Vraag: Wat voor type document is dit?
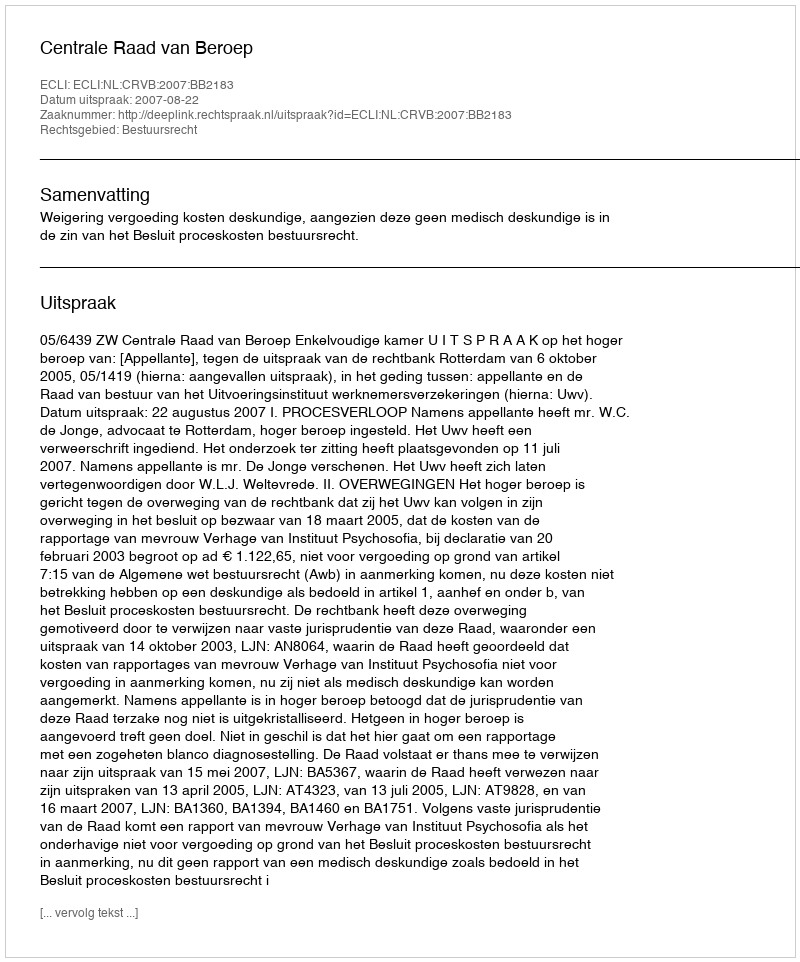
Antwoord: Uitspraak